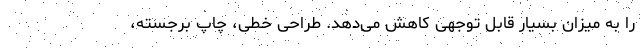
را به میزان بسیار قابل توجهی کاهش می‌دهد. طراحی خطی، چاپ برجسته،